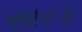
સારક